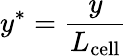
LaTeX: y^{*}=\frac{y}{L_{\mathrm{cell}}}